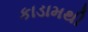
કાડામથી